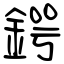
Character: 鍔